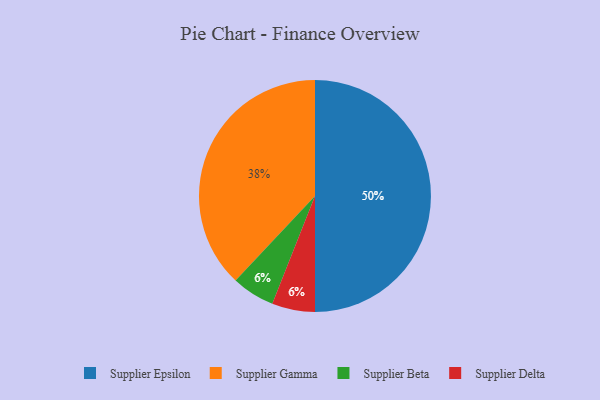
{"axis": {"x": "Category", "y": "Percentage"}, "legend": ["Supplier Beta", "Supplier Delta", "Supplier Epsilon", "Supplier Gamma"], "data": [{"x": "Supplier Epsilon", "y": 50, "type": "Supplier Epsilon"}, {"x": "Supplier Gamma", "y": 38, "type": "Supplier Gamma"}, {"x": "Supplier Beta", "y": 6, "type": "Supplier Beta"}, {"x": "Supplier Delta", "y": 6, "type": "Supplier Delta"}]}